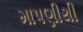
માપણીથી